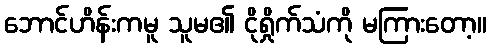
ဘောင်ဟိန်းကမူ သူမ၏ ငိုရှိုက်သံကို မကြားတော့။